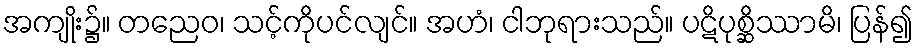
အကျိုး၌။ တညေဝ၊ သင့်ကိုပင်လျင်။ အဟံ၊ ငါဘုရားသည်။ ပဋိပုစ္ဆိဿာမိ၊ ပြန်၍